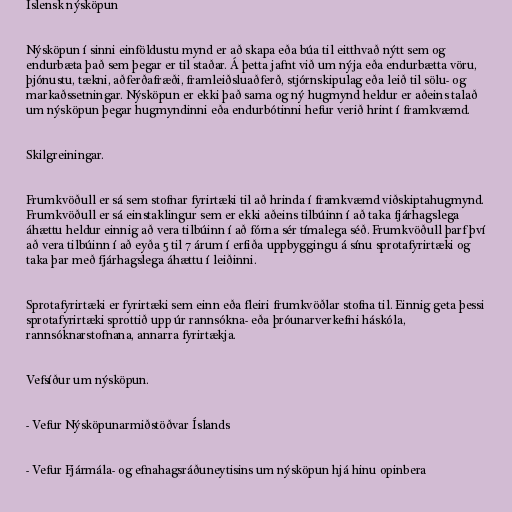
Íslensk nýsköpun

Nýsköpun í sinni einföldustu mynd er að skapa eða búa til eitthvað nýtt sem og
endurbæta það sem þegar er til staðar. Á þetta jafnt við um nýja eða endurbætta vöru,
þjónustu, tækni, aðferðafræði, framleiðsluaðferð, stjórnskipulag eða leið til sölu- og
markaðssetningar. Nýsköpun er ekki það sama og ný hugmynd heldur er aðeins talað
um nýsköpun þegar hugmyndinni eða endurbótinni hefur verið hrint í framkvæmd.

Skilgreiningar.

Frumkvöðull er sá sem stofnar fyrirtæki til að hrinda í framkvæmd viðskiptahugmynd.
Frumkvöðull er sá einstaklingur sem er ekki aðeins tilbúinn í að taka fjárhagslega
áhættu heldur einnig að vera tilbúinn í að fórna sér tímalega séð. Frumkvöðull þarf því
að vera tilbúinn í að eyða 5 til 7 árum í erfiða uppbyggingu á sínu sprotafyrirtæki og
taka þar með fjárhagslega áhættu í leiðinni.

Sprotafyrirtæki er fyrirtæki sem einn eða fleiri frumkvöðlar stofna til. Einnig geta þessi
sprotafyrirtæki sprottið upp úr rannsókna- eða þróunarverkefni háskóla,
rannsóknarstofnana, annarra fyrirtækja.

Vefsíður um nýsköpun.

- Vefur Nýsköpunarmiðstöðvar Íslands

- Vefur Fjármála- og efnahagsráðuneytisins um nýsköpun hjá hinu opinbera